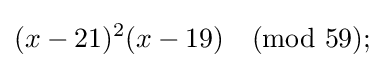
(x-21)^{2}(x-19){\pmod {59}};\;